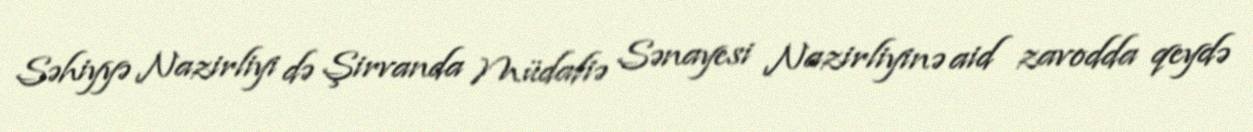
Səhiyyə Nazirliyi də Şirvanda Müdafiə Sənayesi Nazirliyinə aid zavodda qeydə